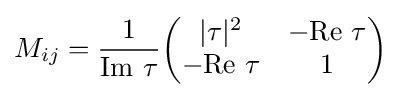
M_{ij}={\frac {1}{{\text{Im}}\ \tau }}{\begin{pmatrix}|\tau |^{2}&-{\text{Re}}\ \tau \\-{\text{Re}}\ \tau &1\end{pmatrix}}